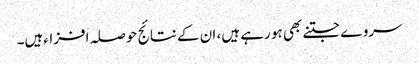
سروے جتنے بھی ہو رہے ہیں، ان کے نتائج حوصلہ افزاءہیں۔